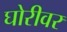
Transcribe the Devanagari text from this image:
घोरीवर